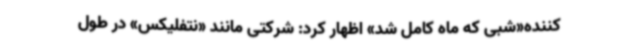
کننده«شبی که ماه کامل شد» اظهار کرد: شرکتی مانند «نتفلیکس» در طول